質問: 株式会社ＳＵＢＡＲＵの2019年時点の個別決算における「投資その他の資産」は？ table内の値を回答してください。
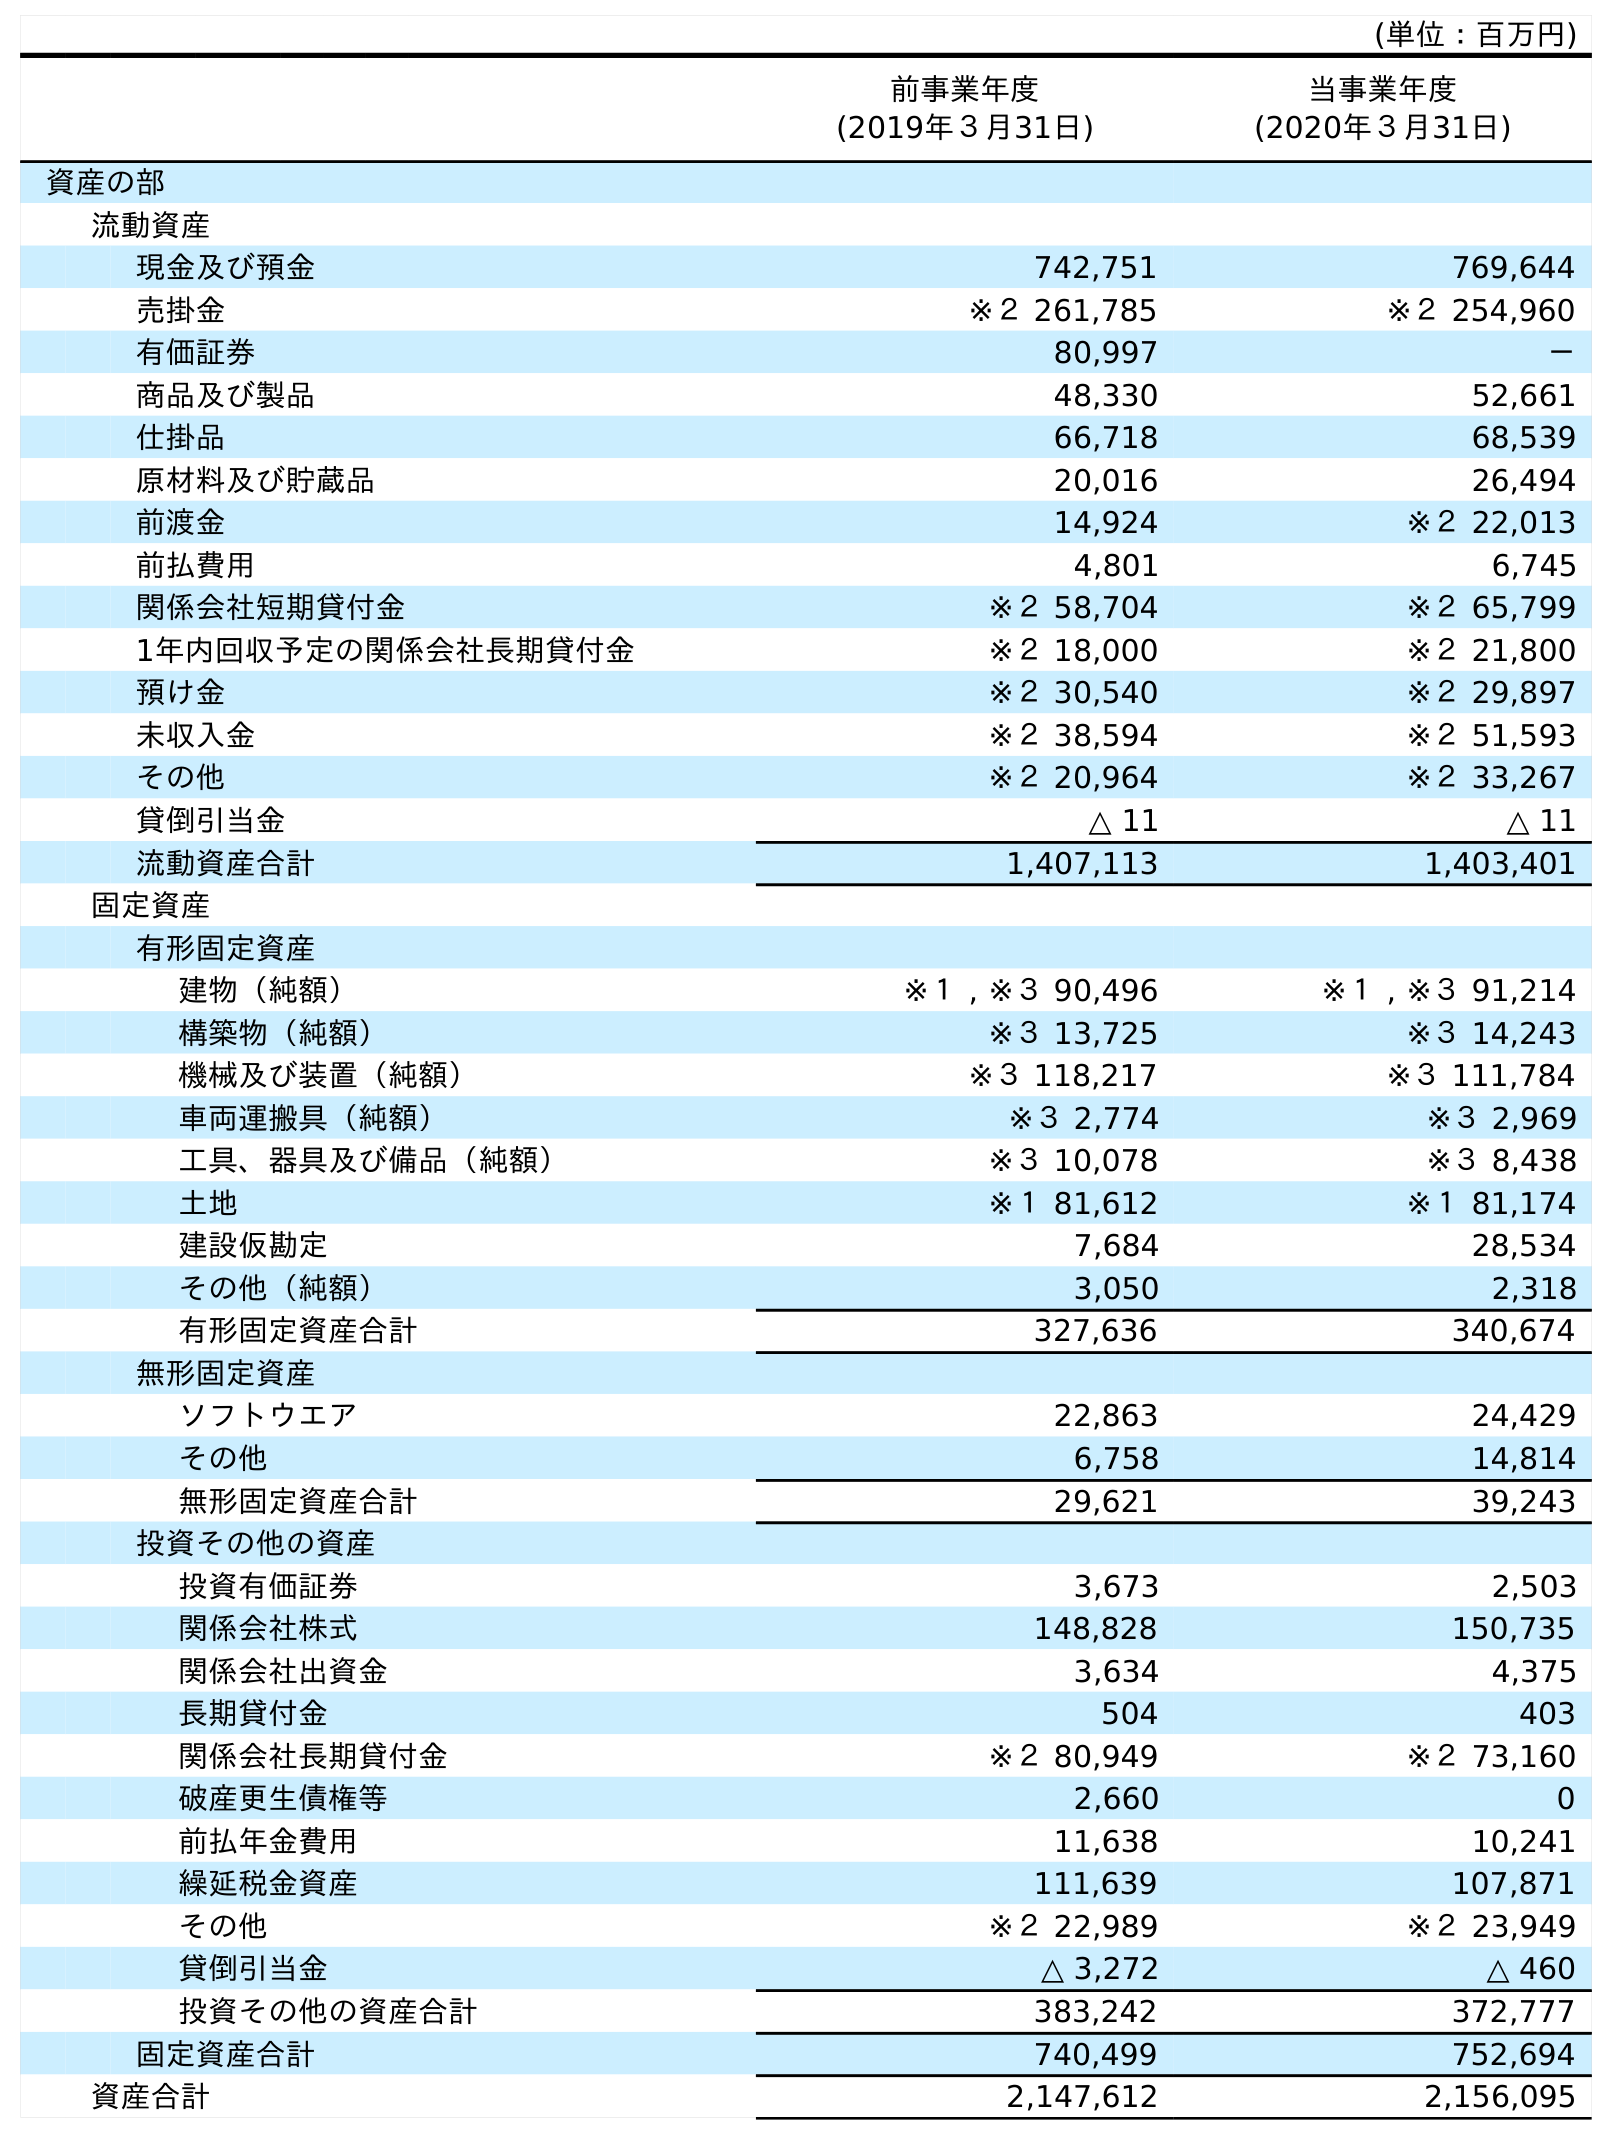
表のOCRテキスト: (単位：百万円) 前事業年度 (2019年３月31日) 当事業年度 (2020年３月31日) 資産の部 流動資産 現金及び預金 742,751 769,644 売掛金 ※２ 261,785 ※２ 254,960 有価証券 80,997 － 商品及び製品 48,330 52,661 仕掛品 66,718 68,539 原材料及び貯蔵品 20,016 26,494 前渡金 14,924 ※２ 22,013 前払費用 4,801 6,745 関係会社短期貸付金 ※２ 58,704 ※２ 65,799 1年内回収予定の関係会社長期貸付金 ※２ 18,000 ※２ 21,800 預け金 ※２ 30,540 ※２ 29,897 未収入金 ※２ 38,594 ※２ 51,593 その他 ※２ 20,964 ※２ 33,267 貸倒引当金 △ 11 △ 11 流動資産合計 1,407,113 1,403,401 固定資産 有形固定資産 建物（純額） ※１ , ※３ 90,496 ※１ , ※３ 91,214 構築物（純額） ※３ 13,725 ※３ 14,243 機械及び装置（純額） ※３ 118,217 ※３ 111,784 車両運搬具（純額） ※３ 2,774 ※３ 2,969 工具、器具及び備品（純額） ※３ 10,078 ※３ 8,438 土地 ※１ 81,612 ※１ 81,174 建設仮勘定 7,684 28,534 その他（純額） 3,050 2,318 有形固定資産合計 327,636 340,674 無形固定資産 ソフトウエア 22,863 24,429 その他 6,758 14,814 無形固定資産合計 29,621 39,243 投資その他の資産 投資有価証券 3,673 2,503 関係会社株式 148,828 150,735 関係会社出資金 3,634 4,375 長期貸付金 504 403 関係会社長期貸付金 ※２ 80,949 ※２ 73,160 破産更生債権等 2,660 0 前払年金費用 11,638 10,241 繰延税金資産 111,639 107,871 その他 ※２ 22,989 ※２ 23,949 貸倒引当金 △ 3,272 △ 460 投資その他の資産合計 383,242 372,777 固定資産合計 740,499 752,694 資産合計 2,147,612 2,156,095
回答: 383,242